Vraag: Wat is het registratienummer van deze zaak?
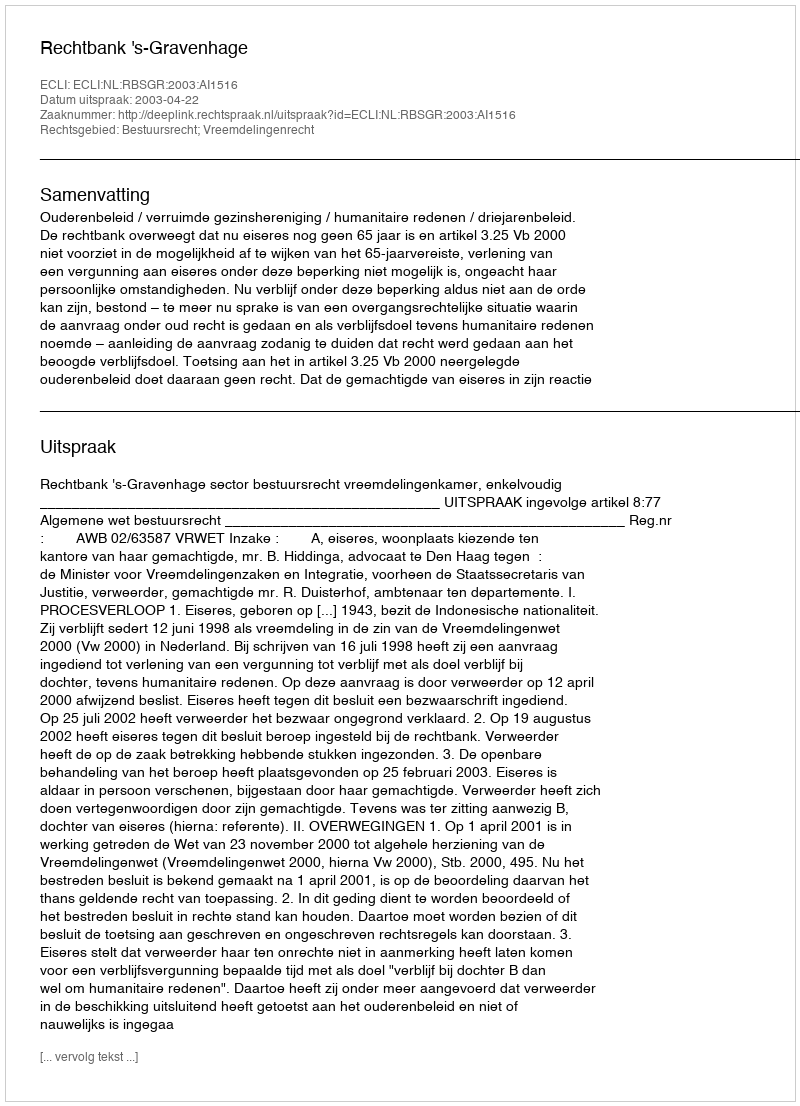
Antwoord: http://deeplink.rechtspraak.nl/uitspraak?id=ECLI:NL:RBSGR:2003:AI1516